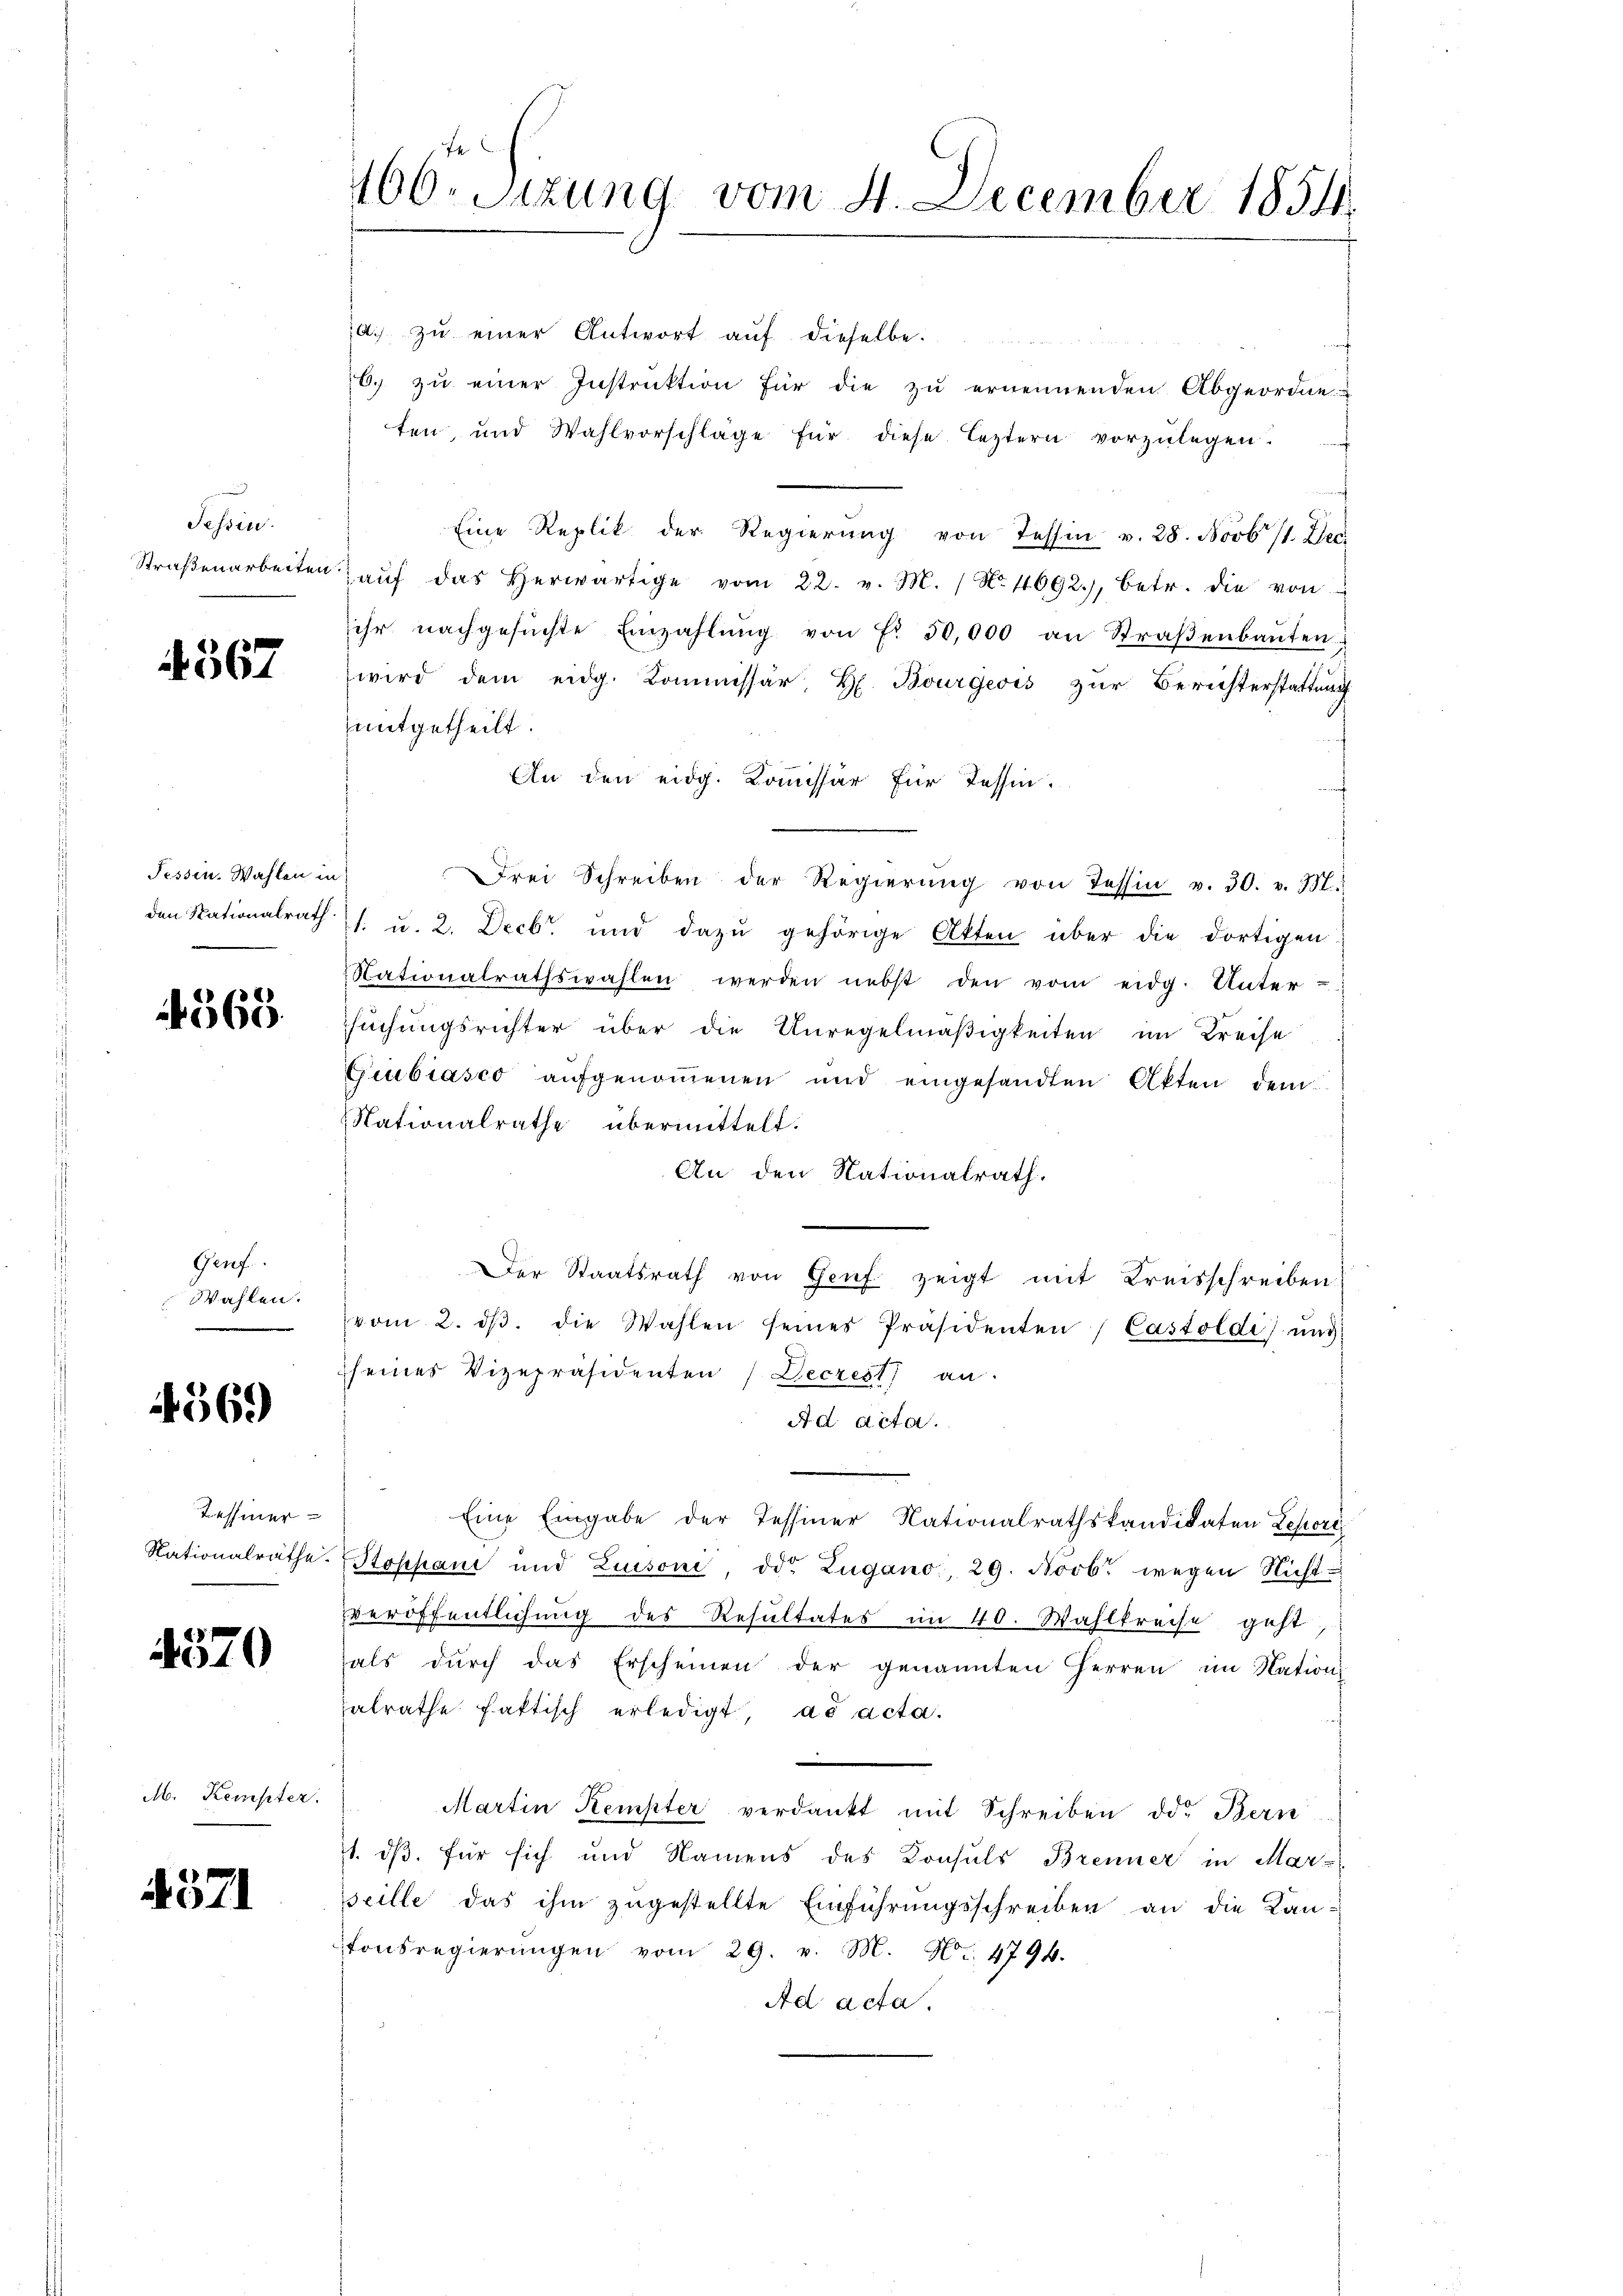
Sessen.
Straßenarbeiten

4567

Tessin. Wahlen in
.

4365.

Genf.
Wahlen.

4569)

Tessiner

4570

M. Kempter.

4571

100. Sitzung vom 4. December 1854.

a. zŭ einer Antwort aŭf dieselbe.
0. zŭ einer Instruktion für die zu ernennenden Abgeordne
ten, und Wahlvorschläge für diese leztern vorzŭlegen.
Eine Replik der Regierŭng von Tessin v. 28. Novb. 11. Der
aŭf das herwärtige vom 22. v. M. / No. 1692), betr. die von
sihr nachgesŭchte Einzahlŭng von Fr. 50,000 an Straβenbaŭten
wird dem eidg. Kommissär, H. Bourgeois zur Berichterstattung
mitgetheilt.
An den eidg. Kommissär für Tessin.
Drei Schreiben der Regierŭng von Tessin v. 30. v. M.
den Nationalrath (s. u. 2. Decbr. und dazŭ gehörige Akten über die dortigen
Nationalrathswahlen werden nebst den vom eidg. Unter-
suchungsrichter über die Unregelmäßigkeiten im Kreise
Giubiasco aufgenommenen und eingesandten Akten dem
Nationalrathe übermittelt:
An den Nationalrath.
Der Staatsrath von Genf zeigt mit Kreisschreiben
vom 2. dβ. die Wahlen seines Präsidenten Castoldi) und
seines Vizepräsidenten / Deczest an.
Ad acta.
Eine Eingabe der Tessiner Nationalrathskandidaten Lepert
Nationalräthe. Stoppani und Luisoni od. Zugano, 29. Novb. wegen Nicht
veröffentlichung des Resultates im 40. Wahlkreise geht
als dŭrch das Erscheinen der genannten Herren im Nation
alrathe faktisch erledigt, ad acta.
Martin Kempter verdankt mit Schreiben die Bern
. dß. für sich und Namens des Konsuls Brenner in Mar-
seille das ihm zugestellte Einführungsschreiben an die Kan-
tonsregierŭngen vom 29. v. M. Nr. 4794.
Ad acta.